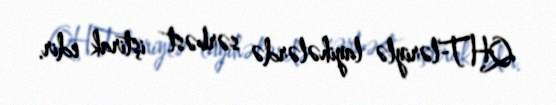
QHT-ləriylə layihələrdə sərbəst iştirak edir.